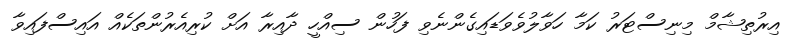
އިރުތިޝާމް މިނިސްޓަރު ކަމާ ހަވާލުވެވަޑައިގެންނެވި ފަހުން ސިއްހީ ދާއިރާ އަށް ކުރިއެރުންތަކެއް އައިސްފައިވާ